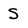
Character: S